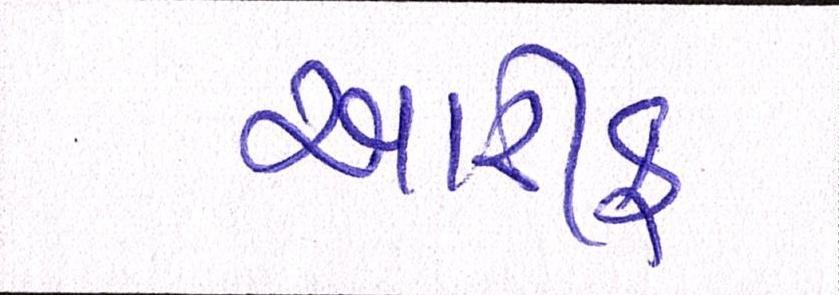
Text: આરીફ